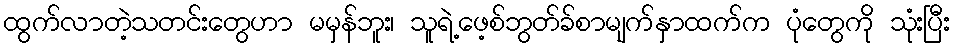
ထွက်လာတဲ့သတင်းတွေဟာ မမှန်ဘူး၊ သူရဲ့ဖေ့စ်ဘွတ်ခ်စာမျက်နှာထက်က ပုံတွေကို သုံးပြီး